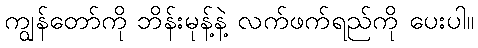
ကျွန်တော်ကို ဘိန်းမုန့်နဲ့ လက်ဖက်ရည်ကို ပေးပါ။